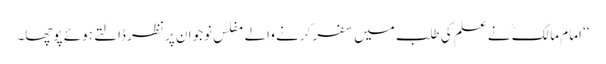
‘‘ امام مالکؒ نے علم کی طلب میں سفر کرنے والے مفلس نوجوان پر نظر ڈالتے ہوئے پوچھا۔